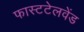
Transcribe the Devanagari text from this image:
फास्टटेलवेंड